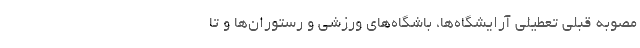
مصوبه قبلی تعطیلی آرایشگاه‌ها، باشگاه‌های ورزشی و رستوران‌ها و تا